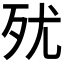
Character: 𣧗